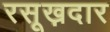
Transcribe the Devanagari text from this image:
रसूख़दार